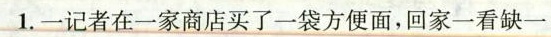
1.一记者在一家商店买了一袋方便面，回家一看缺一